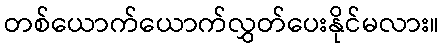
တစ်ယောက်ယောက်လွှတ်ပေးနိုင်မလား။